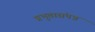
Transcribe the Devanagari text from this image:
प्रभुतासंपन्न